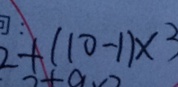
2 + ( 1 0 - 1 ) \times 3